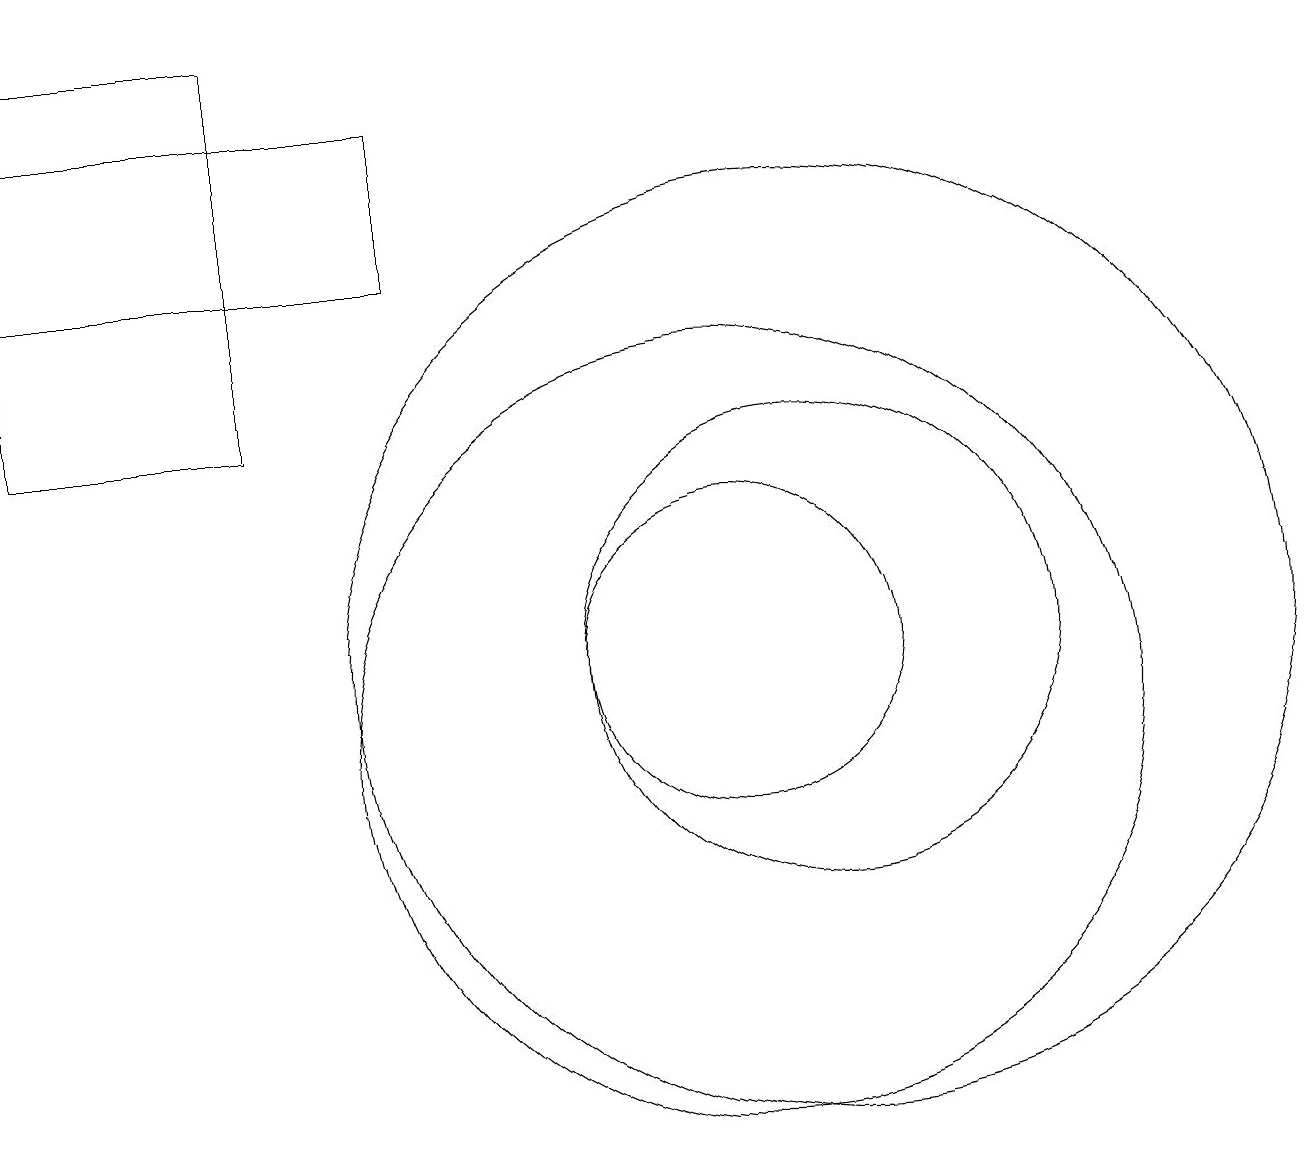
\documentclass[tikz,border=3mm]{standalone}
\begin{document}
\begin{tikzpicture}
\draw (1,19) rectangle (4,14);
\draw (10,10) circle (5);
\draw (11,11) circle (6);
\draw (10,11) circle (2);
\draw (12,10) circle (0);
\draw (11,11) circle (3);
\draw (1,16) rectangle (6,18);
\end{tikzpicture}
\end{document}